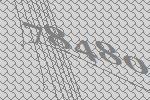
78480